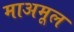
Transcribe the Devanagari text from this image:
माअमूल